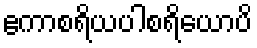
ဧကာစရိယပါစရိယောပိ